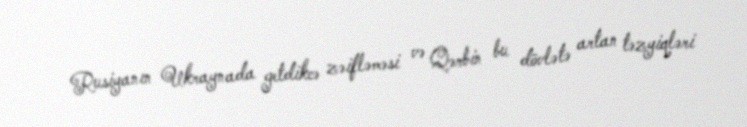
Rusiyanın Ukraynada getdikcə zəifləməsi və Qərbin bu dövlətə artan təzyiqləri